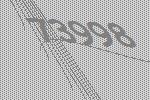
73998